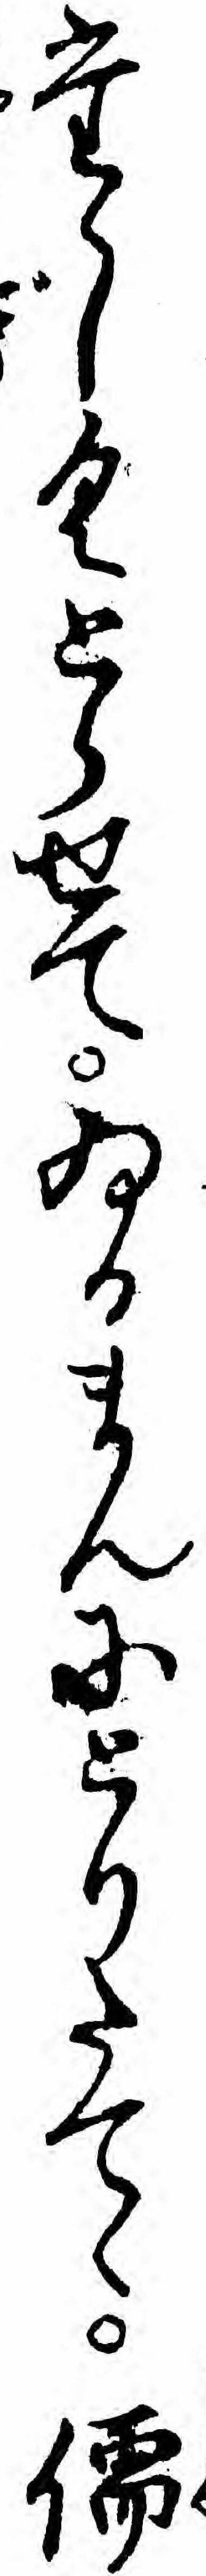
たゝしくとらせてゐるまんにとりたてゝ儒